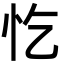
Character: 忔